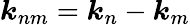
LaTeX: \boldsymbol{k}_{nm}=\boldsymbol{k}_{n}-\boldsymbol{k}_{m}